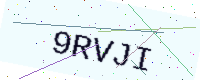
Text: 9RVJI